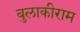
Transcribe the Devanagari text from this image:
बुलाकीराम